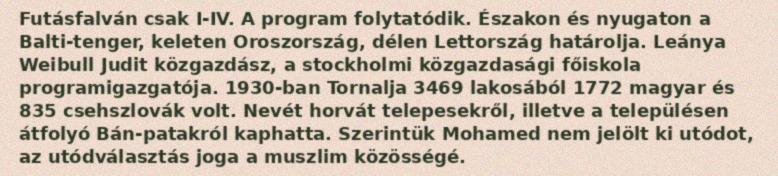
Futásfalván csak I-IV. A program folytatódik. Északon és nyugaton a Balti-tenger, keleten Oroszország, délen Lettország határolja. Leánya Weibull Judit közgazdász, a stockholmi közgazdasági főiskola programigazgatója. 1930-ban Tornalja 3469 lakosából 1772 magyar és 835 csehszlovák volt. Nevét horvát telepesekről, illetve a településen átfolyó Bán-patakról kaphatta. Szerintük Mohamed nem jelölt ki utódot, az utódválasztás joga a muszlim közösségé.